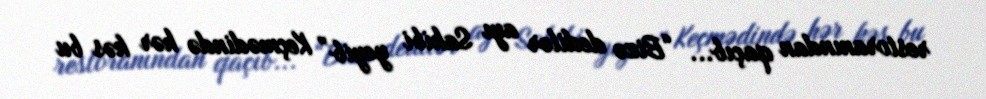
restoranından qaçıb... “Bizə dedilər ayı Sahibi yeyib” Keçmədində hər kəs bu